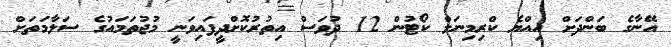
އޭނާގެ ބަންދަށް އިއްޔެ ކްރިމިނަލް ކޯޓުން 12 ދުވަސް އިތުރުކޮށްދީފައިވަނީ މުޖުތަމައުގެ ސަލާމަތަށް